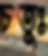
চতুঃ